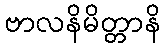
ဗာလနိမိတ္တာနိ